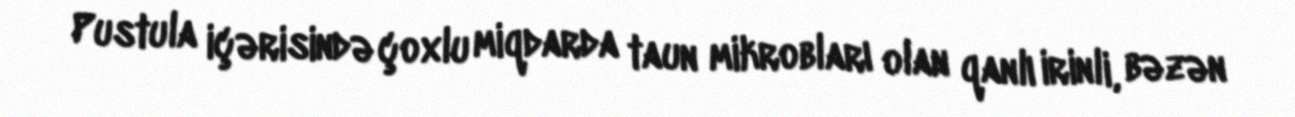
Pustula içərisində çoxlu miqdarda taun mikrobları olan qanlı irinli, bəzən